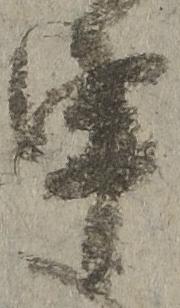
申